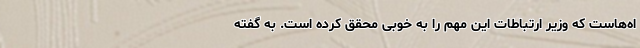
اه‌هاست که وزیر ارتباطات این مهم را به خوبی محقق کرده است. به گفته